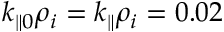
k _ { \parallel 0 } \rho _ { i } = k _ { \parallel } \rho _ { i } = 0 . 0 2